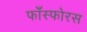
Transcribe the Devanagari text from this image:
फाँस्फोरस